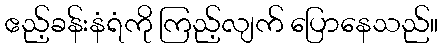
ဧည့်ခန်းနံရံကို ကြည့်လျက် ပြောနေသည်။